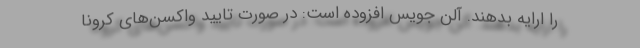
را ارایه بدهند. آلن جویس افزوده است: در صورت تایید واکسن‌های کرونا